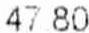
47.80